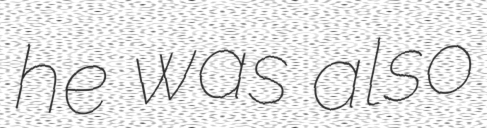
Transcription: he was also